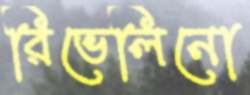
রিভেলিনো